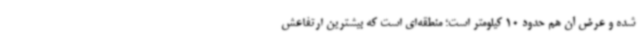
شده و عرض آن هم حدود 10 کیلومتر است؛ منطقه‌ای است که بیشترین ارتفاعش